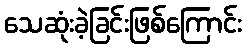
သေဆုံးခဲ့ခြင်းဖြစ်ကြောင်း